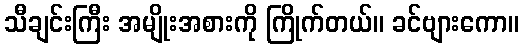
သီချင်းကြီး အမျိုးအစားကို ကြိုက်တယ်။ ခင်ဗျားကော။